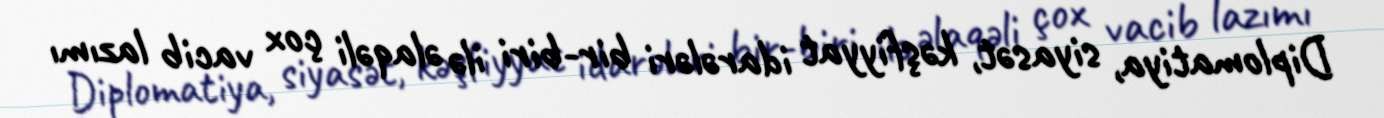
Diplomatiya, siyasət, kəşfiyyat idarələri bir-biri ilə əlaqəli çox vacib lazımı